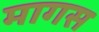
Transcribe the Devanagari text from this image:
मागस